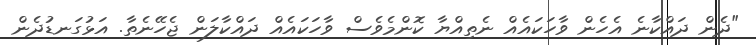
"ދެން ދައްކާނެ އެހެން ވާހަކައެއް ނެތިއްޔާ ކޮންމެވެސް ވާހަކައެއް ދައްކާލަން ޖެހޭނެތާ. އަޅުގަނޑުދެން